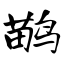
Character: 鹋